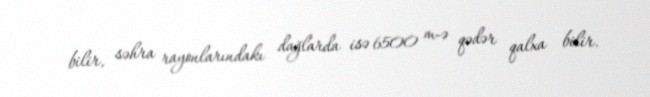
bilir, səhra rayonlarındakı dağlarda isə 6500 m-ə qədər qalxa bilir.